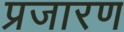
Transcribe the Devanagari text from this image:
प्रजारण